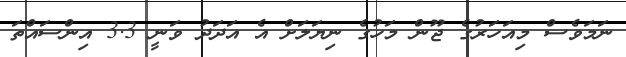
ނަމަވެސް މިއަހަރުގެ ޖޫން މަހުގެ ނިޔަލަށް އެ އަދަދު ވަނީ 3.3 އިންސައްތަ